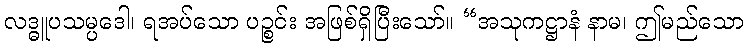
လဒ္ဓူပသမ္ပဒေါ၊ ရအပ်သော ပဉ္စင်း အဖြစ်ရှိပြီးသော်။ “အသုကဋ္ဌာနံ နာမ၊ ဤမည်သော